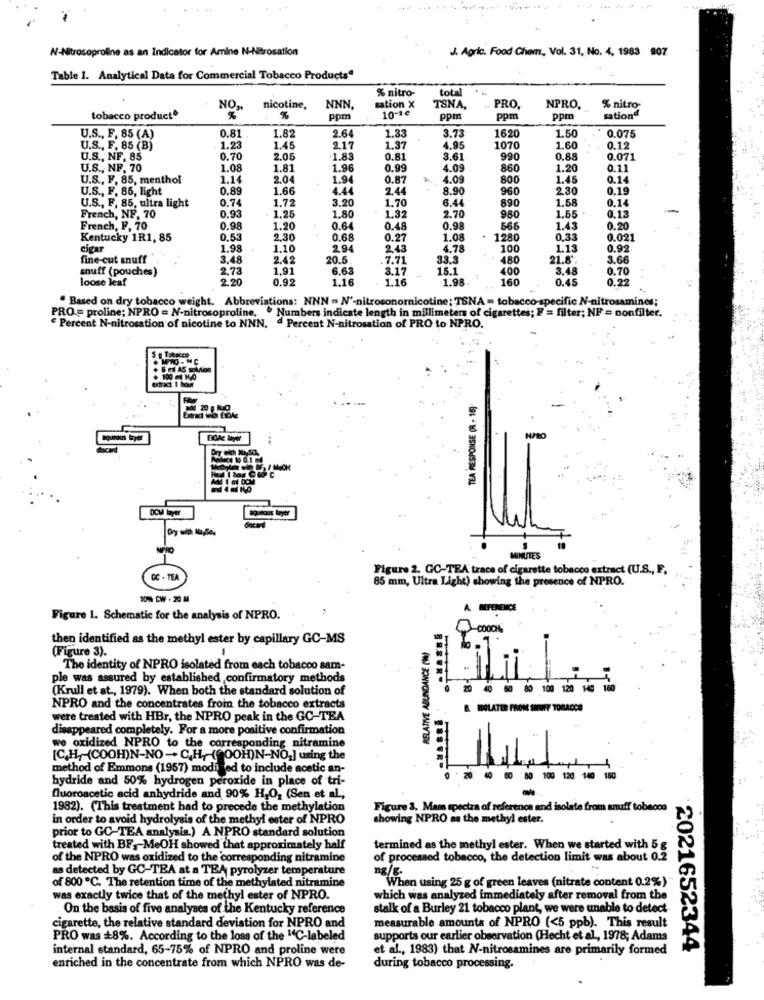
N-Nitrosoproline as an Indicator for Amine N-Nitrosation
J. Agric. Food Chiem, Vol. 31, No. 4, 1983 907
Table I. Analytical Data for Commercial Tobacco Products"
total
% nitro-
NO
nicotine,
NNN,
sation x
10-3€
TSNA,
PRO,
NPRO,
% nitro-
tobacco producto
%
ppm
ppm
ppn
ppm
sationd
U.S ., F. 85 (A)
0.81
3.73
0.075
1.82
2.64
1.33
1620
1070
1.50
U.S ., F, 85 (B)
1.23
1.45
2.17
1.37
4.95
1.60
0.12
U.S ., NF, 85
0.70
2.05
-1.83
0.81
3.61
990
0.88
0.071
U.S ., NF. 70
1.08
1.81
1.96
0.99
4.09
860
1.20
0.11
U.S ., F. 85, menthol
1.14
2.04
1.94
0.87
4.09
800
1.45
0.14
U.S ., F, 85, light
0.89
1.66
4.44
2.44
8.90
960
2.30
0.19
U.S ., F, 85, ultra light
0.74
1.72
3.20
1.70
6.44
890
1.58
0.14
0.13
French, NF, 70
0.93
1.25
1.80
1,32
2.70
980
1.55
French, F, 70
0.98
1.20
0.64
0.48
0.98
566
1.43
0.20
Kentucky 1R1, 85
0.53
2,30
0.68
0.27
1.08
1280
0,33
0.021
cigar
1.98
1.10
2.94
2.43
4.78
100
1.13
0.92
fine-cut snuff
3.48
2.42
20.5
7.71
33.3
480
21.8'.
3.66
snuff (pouches)
2,73
1.91
6.63
3.17
15.1
400
3.48
0.70
loose leaf
2.20
0.92
1.16
1.16
1.98
160
0.45
0.22
. Based on dry tobacco weight. Abbreviations: NNN = N'-nitrosonornicotine; TSNA - tobacco-specific N-nitrosamines;
PRO= proline; NPRO = N-nitrosoproline, · Numbers indicate length in millimeters of cigarettes; E'= filter; NF = nonfilter.
Percent N-nitrosation of nicotine to NNN. ª Percent N-nitrosation of PRO to NPRO.
extract 1 hour
TEA İRESPONSE (R - 15)
Acard
DOM layer
a layer
--
MINUTES
Figure 2. GC-TEA trace of cigarette tobacco extract (U.S ., F.
CC . TEA
85 mm, Ultra Light) showing the presence of NPRO.
10% DW - 20 M
Figure 1. Schematic for the analysis of NPRO.
then identified as the methyl ester by capillary GC-MS
RELATIVE ABUNDANCE (W)
(Figure 3).
The identity of NPRO isolated from each tobacco sam-
ple was assured by established , confirmatory methods
(Krull et at ., 1979). When both the standard solution of
80 100 120 1491
NPRO and the concentrates from the tobacco extracts
ISOLATED FROM SHUFF TOBACCO
were treated with HBr, the NPRO peak in the GC-TEA
disappeared completely. For a more positive confirmation
we oxidized NPRO to the corresponding nitramine
[C.H,(COOH)N-NO-C,H, (@00H)N-NO_] using the
method of Emmons (1957) modi ed to include acetic an-
hydride and 50% hydrogen peroxide in place of tri-
120 1
180
fluoroacetic acid anhydride and 90% H,O, (Sen et al .,
1982). (This treatment had to precede the methylation
Figure 3. Mam spectra of reference and isolate from snuff tobacco
in order to avoid hydrolysis of the methyl ester of NPRO
showing NPRO as the methyl ester.
prior to GC-TEA analysis.) A NPRO standard solution
treated with BF ,- MeOH showed that approximately half
termined as the methyl ester. When we started with 5 g
of the NPRO was oxidized to the 'corresponding nitramine
of processed tobacco, the detection limit was about 0.2
as detected by GC-TEA at a TEA pyrolyzer temperature
ng/g.
of 800 ℃. The retention time of the methylated nitramine
When using 25 g of green leaves (nitrate content 0.2%)
was exactly twice that of the methyl ester of NPRO.
which was analyzed immediately after removal from the
On the basis of five analyses of the Kentucky reference
stalk of a Burley 21 tobacco plant, we were unable to detect
cigarette, the relative standard deviation for NPRO and
measurable amounts of NPRO (<5 ppb). This result
PRO was +8%. According to the loss of the "C-labeled
supports our earlier observation (Hecht et al, 1978; Adams
internal standard, 65-75% of NPRO and proline were
et al ., 1983) that N-nitrosamines are primarily formed
2021652344
enriched in the concentrate from which NPRO was de-
during tobacco processing.